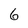
Character: 6